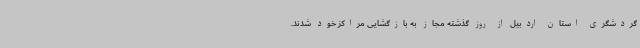
گردشگری استان اردبیل از روز گذشته مجاز به بازگشایی مراکز خود شدند.